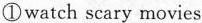
①watch scary movies